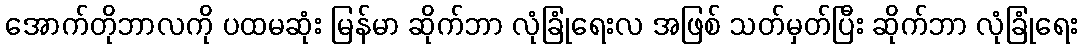
အောက်တိုဘာလကို ပထမဆုံး မြန်မာ ဆိုက်ဘာ လုံခြုံရေးလ အဖြစ် သတ်မှတ်ပြီး ဆိုက်ဘာ လုံခြုံရေး